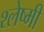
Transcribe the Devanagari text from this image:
श्लेष्मी